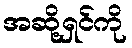
အဆို့ရှင်ကို